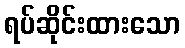
ရပ်ဆိုင်းထားသော